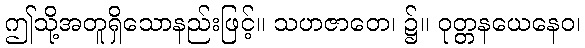
ဤသို့အတူရှိသောနည်းဖြင့်။ သဟဇာတေ၊ ၌။ ဝုတ္တနယေနေဝ၊